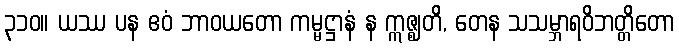
၃၁၀။ ယဿ ပန ဧဝံ ဘာဝယတော ကမ္မဋ္ဌာနံ န ဣဇ္ဈတိ, တေန သသမ္ဘာရဝိဘတ္တိတော